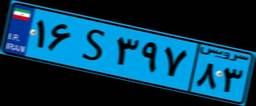
۶۰S۶۱۵۶۶